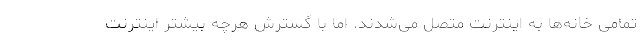
تمامی خانه‌ها به اینترنت متصل می‌شدند. اما با گسترش هرچه بیشتر اینترنت